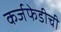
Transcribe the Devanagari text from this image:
कर्जफेडीची